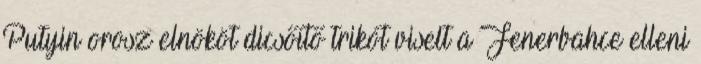
Putyin orosz elnököt dicsőítő trikót viselt a Fenerbahce elleni